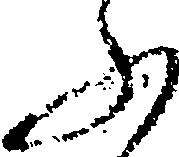
ふ